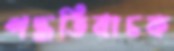
পদ্ধতিবাচক